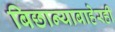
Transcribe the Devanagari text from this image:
बिछान्याबाहेरही